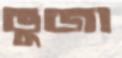
ভুজা